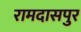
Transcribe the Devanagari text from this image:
रामदासपुर